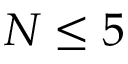
N \le 5